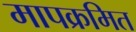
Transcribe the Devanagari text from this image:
मापक्रमित